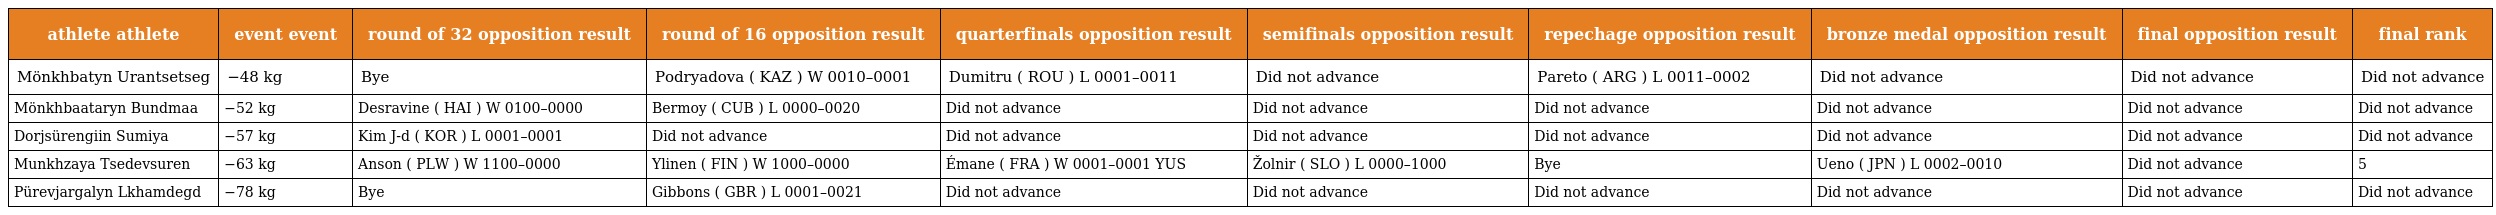
| athlete athlete | event event | round of 32 opposition result | round of 16 opposition result | quarterfinals opposition result | semifinals opposition result | repechage opposition result | bronze medal opposition result | final opposition result | final rank |
 | --- | --- | --- | --- | --- | --- | --- | --- | --- | --- |
 | Mönkhbatyn Urantsetseg | −48 kg | Bye | Podryadova ( KAZ ) W 0010–0001 | Dumitru ( ROU ) L 0001–0011 | Did not advance | Pareto ( ARG ) L 0011–0002 | Did not advance | Did not advance | Did not advance |
 | Mönkhbaataryn Bundmaa | −52 kg | Desravine ( HAI ) W 0100–0000 | Bermoy ( CUB ) L 0000–0020 | Did not advance | Did not advance | Did not advance | Did not advance | Did not advance | Did not advance |
 | Dorjsürengiin Sumiya | −57 kg | Kim J-d ( KOR ) L 0001–0001 | Did not advance | Did not advance | Did not advance | Did not advance | Did not advance | Did not advance | Did not advance |
 | Munkhzaya Tsedevsuren | −63 kg | Anson ( PLW ) W 1100–0000 | Ylinen ( FIN ) W 1000–0000 | Émane ( FRA ) W 0001–0001 YUS | Žolnir ( SLO ) L 0000–1000 | Bye | Ueno ( JPN ) L 0002–0010 | Did not advance | 5 |
 | Pürevjargalyn Lkhamdegd | −78 kg | Bye | Gibbons ( GBR ) L 0001–0021 | Did not advance | Did not advance | Did not advance | Did not advance | Did not advance | Did not advance |